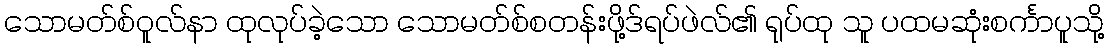
သောမတ်စ်ဝူလ်နာ ထုလုပ်ခဲ့သော သောမတ်စ်စတန်းဖို့ဒ်ရပ်ဖဲလ်၏ ရုပ်ထု သူ ပထမဆုံးစင်္ကာပူသို့